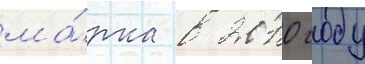
ма́рка в 2010 году